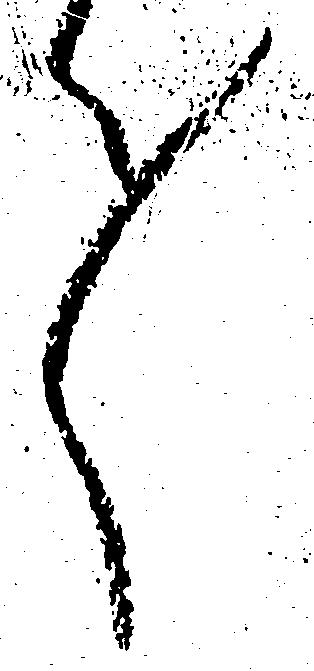
々